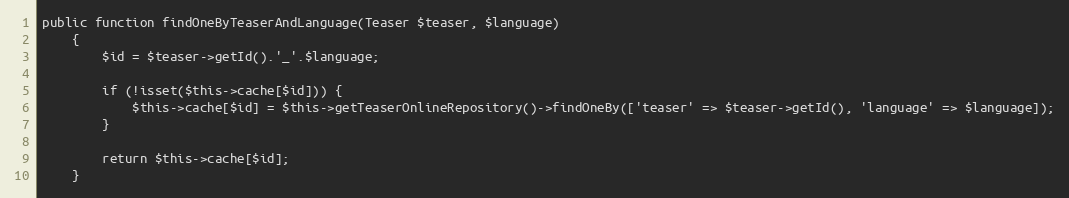
Language: PHP
public function findOneByTeaserAndLanguage(Teaser $teaser, $language)
    {
        $id = $teaser->getId().'_'.$language;

        if (!isset($this->cache[$id])) {
            $this->cache[$id] = $this->getTeaserOnlineRepository()->findOneBy(['teaser' => $teaser->getId(), 'language' => $language]);
        }

        return $this->cache[$id];
    }